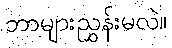
ဘာများညွှန်းမလဲ။